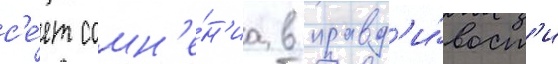
с'е́ет сомн'е́н'иа в правд'и́вост'и